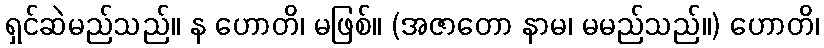
ရှင်ဆဲမည်သည်။ န ဟောတိ၊ မဖြစ်။ (အဇာတော နာမ၊ မမည်သည်။) ဟောတိ၊